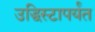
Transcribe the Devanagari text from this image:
उद्धिस्टापर्यंत